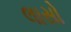
લાસો